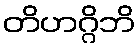
တိဟဂ္ဂိဘိ